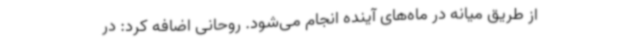
از طریق میانه در ماه‌های آینده انجام می‌شود. روحانی اضافه کرد: در